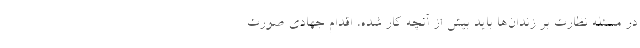
در مسئله نظارت بر زندان‌ها باید بیش از آنچه کار شده، اقدام جهادی صورت